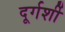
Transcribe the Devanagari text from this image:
दूर्गर्शी